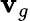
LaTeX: {\mathbf{v}}_{g}